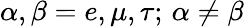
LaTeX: \alpha,\beta=e,\mu,\tau;\, \alpha\neq\beta